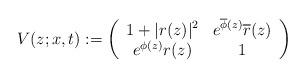
LaTeX: \begin{align*} V(z;x,t):= \left( \begin{array}{cc} 1+|r(z)|^2 & e^{\overline{\phi}(z)}\overline{r}(z) \\ e^{\phi(z)}r(z) & 1 \\ \end{array} \right) \end{align*}